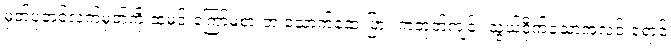
မှတ်ပုံတင်လက်မှတ်ကို ထမင်းကြော်မစားဘဲ သောက်ဆေးပြား ကတုတ်ကျင်း သွယ်ဝိုက်သောအလင်းရောင်